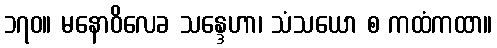
၁၇၀။ မနောဝိလေခ သန္ဒေဟာ၊ သံသယော စ ကထံကထာ။